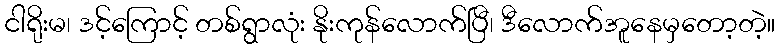
ငါရိုးမ၊ ဒင့်ကြောင့် တစ်ရွာလုံး နိုးကုန်လောက်ပြီ၊ ဒီလောက်အူနေမှတော့တဲ့။